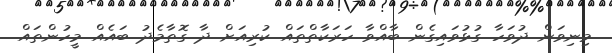
މިނިވަން ދުވަހާ ގުޅުވައިގެން ބާއްވާ ހަރަކާތްތައް ކުރިއަށް ދާ ގޮތާމެދު ބައެއް މީހުންތައް